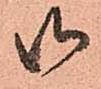
御